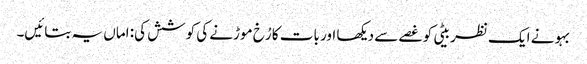
بہو نے ایک نظر بیٹی کو غصے سے دیکھا اور بات کا رُخ موڑنے کی کوشش کی: اماں یہ بتائیں۔